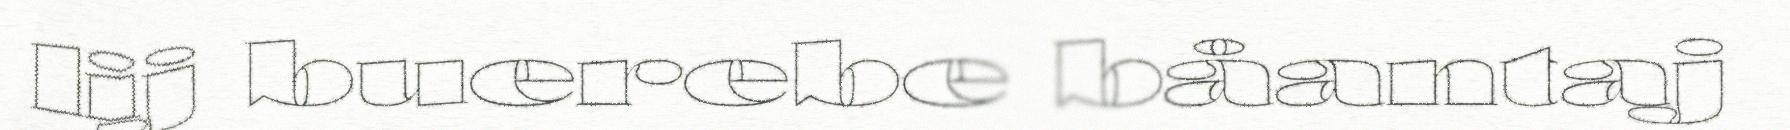
lij buerebe båantaj